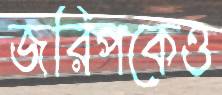
জরিপকেও